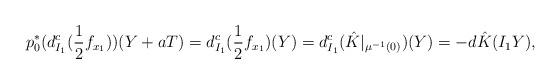
LaTeX: \begin{align*}p_0^*(d^c_{I_1}(\frac{1}{2}f_{x_1}))(Y + aT) = d^c_{I_1}(\frac{1}{2}f_{x_1})(Y) = d^c_{I_1}(\hat{K}|_{\mu^{-1}(0)})(Y) = -d\hat{K}(I_1Y),\end{align*}